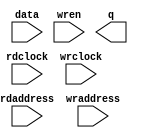
// megafunction wizard: %RAM: 2-PORT%VBB%
// GENERATION: STANDARD
// VERSION: WM1.0
// MODULE: altsyncram 

// ============================================================
// Megafunction Name(s):
// 			altsyncram
//
// Simulation Library Files(s):
// 			altera_mf
// ============================================================
// ************************************************************
// THIS IS A WIZARD-GENERATED FILE. DO NOT EDIT THIS FILE!
//
// 15.0.0 Build 145 04/22/2015 SJ Web Edition
// ************************************************************

//Copyright (C) 1991-2015 Altera Corporation. All rights reserved.
//Your use of Altera Corporation's design tools, logic functions 
//and other software and tools, and its AMPP partner logic 
//functions, and any output files from any of the foregoing 
//(including device programming or simulation files), and any 
//associated documentation or information are expressly subject 
//to the terms and conditions of the Altera Program License 
//Subscription Agreement, the Altera Quartus II License Agreement,
//the Altera MegaCore Function License Agreement, or other 
//applicable license agreement, including, without limitation, 
//that your use is for the sole purpose of programming logic 
//devices manufactured by Altera and sold by Altera or its 
//authorized distributors.  Please refer to the applicable 
//agreement for further details.

module frame_buffer2 (
	data,
	rdaddress,
	rdclock,
	wraddress,
	wrclock,
	wren,
	q);

	input	[143:0]  data;
	input	[12:0]  rdaddress;
	input	  rdclock;
	input	[12:0]  wraddress;
	input	  wrclock;
	input	  wren;
	output	[143:0]  q;
`ifndef ALTERA_RESERVED_QIS
// synopsys translate_off
`endif
	tri1	  wrclock;
	tri0	  wren;
`ifndef ALTERA_RESERVED_QIS
// synopsys translate_on
`endif

endmodule

// ============================================================
// CNX file retrieval info
// ============================================================
// Retrieval info: PRIVATE: ADDRESSSTALL_A NUMERIC "0"
// Retrieval info: PRIVATE: ADDRESSSTALL_B NUMERIC "0"
// Retrieval info: PRIVATE: BYTEENA_ACLR_A NUMERIC "0"
// Retrieval info: PRIVATE: BYTEENA_ACLR_B NUMERIC "0"
// Retrieval info: PRIVATE: BYTE_ENABLE_A NUMERIC "0"
// Retrieval info: PRIVATE: BYTE_ENABLE_B NUMERIC "0"
// Retrieval info: PRIVATE: BYTE_SIZE NUMERIC "8"
// Retrieval info: PRIVATE: BlankMemory NUMERIC "1"
// Retrieval info: PRIVATE: CLOCK_ENABLE_INPUT_A NUMERIC "0"
// Retrieval info: PRIVATE: CLOCK_ENABLE_INPUT_B NUMERIC "0"
// Retrieval info: PRIVATE: CLOCK_ENABLE_OUTPUT_A NUMERIC "0"
// Retrieval info: PRIVATE: CLOCK_ENABLE_OUTPUT_B NUMERIC "0"
// Retrieval info: PRIVATE: CLRdata NUMERIC "0"
// Retrieval info: PRIVATE: CLRq NUMERIC "0"
// Retrieval info: PRIVATE: CLRrdaddress NUMERIC "0"
// Retrieval info: PRIVATE: CLRrren NUMERIC "0"
// Retrieval info: PRIVATE: CLRwraddress NUMERIC "0"
// Retrieval info: PRIVATE: CLRwren NUMERIC "0"
// Retrieval info: PRIVATE: Clock NUMERIC "1"
// Retrieval info: PRIVATE: Clock_A NUMERIC "0"
// Retrieval info: PRIVATE: Clock_B NUMERIC "0"
// Retrieval info: PRIVATE: IMPLEMENT_IN_LES NUMERIC "0"
// Retrieval info: PRIVATE: INDATA_ACLR_B NUMERIC "0"
// Retrieval info: PRIVATE: INDATA_REG_B NUMERIC "0"
// Retrieval info: PRIVATE: INIT_FILE_LAYOUT STRING "PORT_B"
// Retrieval info: PRIVATE: INIT_TO_SIM_X NUMERIC "0"
// Retrieval info: PRIVATE: INTENDED_DEVICE_FAMILY STRING "Cyclone V"
// Retrieval info: PRIVATE: JTAG_ENABLED NUMERIC "0"
// Retrieval info: PRIVATE: JTAG_ID STRING "NONE"
// Retrieval info: PRIVATE: MAXIMUM_DEPTH NUMERIC "0"
// Retrieval info: PRIVATE: MEMSIZE NUMERIC "1179648"
// Retrieval info: PRIVATE: MEM_IN_BITS NUMERIC "0"
// Retrieval info: PRIVATE: MIFfilename STRING ""
// Retrieval info: PRIVATE: OPERATION_MODE NUMERIC "2"
// Retrieval info: PRIVATE: OUTDATA_ACLR_B NUMERIC "0"
// Retrieval info: PRIVATE: OUTDATA_REG_B NUMERIC "1"
// Retrieval info: PRIVATE: RAM_BLOCK_TYPE NUMERIC "0"
// Retrieval info: PRIVATE: READ_DURING_WRITE_MODE_MIXED_PORTS NUMERIC "2"
// Retrieval info: PRIVATE: READ_DURING_WRITE_MODE_PORT_A NUMERIC "3"
// Retrieval info: PRIVATE: READ_DURING_WRITE_MODE_PORT_B NUMERIC "3"
// Retrieval info: PRIVATE: REGdata NUMERIC "1"
// Retrieval info: PRIVATE: REGq NUMERIC "1"
// Retrieval info: PRIVATE: REGrdaddress NUMERIC "1"
// Retrieval info: PRIVATE: REGrren NUMERIC "1"
// Retrieval info: PRIVATE: REGwraddress NUMERIC "1"
// Retrieval info: PRIVATE: REGwren NUMERIC "1"
// Retrieval info: PRIVATE: SYNTH_WRAPPER_GEN_POSTFIX STRING "0"
// Retrieval info: PRIVATE: USE_DIFF_CLKEN NUMERIC "0"
// Retrieval info: PRIVATE: UseDPRAM NUMERIC "1"
// Retrieval info: PRIVATE: VarWidth NUMERIC "0"
// Retrieval info: PRIVATE: WIDTH_READ_A NUMERIC "144"
// Retrieval info: PRIVATE: WIDTH_READ_B NUMERIC "144"
// Retrieval info: PRIVATE: WIDTH_WRITE_A NUMERIC "144"
// Retrieval info: PRIVATE: WIDTH_WRITE_B NUMERIC "144"
// Retrieval info: PRIVATE: WRADDR_ACLR_B NUMERIC "0"
// Retrieval info: PRIVATE: WRADDR_REG_B NUMERIC "0"
// Retrieval info: PRIVATE: WRCTRL_ACLR_B NUMERIC "0"
// Retrieval info: PRIVATE: enable NUMERIC "0"
// Retrieval info: PRIVATE: rden NUMERIC "0"
// Retrieval info: LIBRARY: altera_mf altera_mf.altera_mf_components.all
// Retrieval info: CONSTANT: ADDRESS_ACLR_B STRING "NONE"
// Retrieval info: CONSTANT: ADDRESS_REG_B STRING "CLOCK1"
// Retrieval info: CONSTANT: CLOCK_ENABLE_INPUT_A STRING "BYPASS"
// Retrieval info: CONSTANT: CLOCK_ENABLE_INPUT_B STRING "BYPASS"
// Retrieval info: CONSTANT: CLOCK_ENABLE_OUTPUT_B STRING "BYPASS"
// Retrieval info: CONSTANT: INTENDED_DEVICE_FAMILY STRING "Cyclone V"
// Retrieval info: CONSTANT: LPM_TYPE STRING "altsyncram"
// Retrieval info: CONSTANT: NUMWORDS_A NUMERIC "8192"
// Retrieval info: CONSTANT: NUMWORDS_B NUMERIC "8192"
// Retrieval info: CONSTANT: OPERATION_MODE STRING "DUAL_PORT"
// Retrieval info: CONSTANT: OUTDATA_ACLR_B STRING "NONE"
// Retrieval info: CONSTANT: OUTDATA_REG_B STRING "CLOCK1"
// Retrieval info: CONSTANT: POWER_UP_UNINITIALIZED STRING "FALSE"
// Retrieval info: CONSTANT: WIDTHAD_A NUMERIC "13"
// Retrieval info: CONSTANT: WIDTHAD_B NUMERIC "13"
// Retrieval info: CONSTANT: WIDTH_A NUMERIC "144"
// Retrieval info: CONSTANT: WIDTH_B NUMERIC "144"
// Retrieval info: CONSTANT: WIDTH_BYTEENA_A NUMERIC "1"
// Retrieval info: USED_PORT: data 0 0 144 0 INPUT NODEFVAL "data[143..0]"
// Retrieval info: USED_PORT: q 0 0 144 0 OUTPUT NODEFVAL "q[143..0]"
// Retrieval info: USED_PORT: rdaddress 0 0 13 0 INPUT NODEFVAL "rdaddress[12..0]"
// Retrieval info: USED_PORT: rdclock 0 0 0 0 INPUT NODEFVAL "rdclock"
// Retrieval info: USED_PORT: wraddress 0 0 13 0 INPUT NODEFVAL "wraddress[12..0]"
// Retrieval info: USED_PORT: wrclock 0 0 0 0 INPUT VCC "wrclock"
// Retrieval info: USED_PORT: wren 0 0 0 0 INPUT GND "wren"
// Retrieval info: CONNECT: @address_a 0 0 13 0 wraddress 0 0 13 0
// Retrieval info: CONNECT: @address_b 0 0 13 0 rdaddress 0 0 13 0
// Retrieval info: CONNECT: @clock0 0 0 0 0 wrclock 0 0 0 0
// Retrieval info: CONNECT: @clock1 0 0 0 0 rdclock 0 0 0 0
// Retrieval info: CONNECT: @data_a 0 0 144 0 data 0 0 144 0
// Retrieval info: CONNECT: @wren_a 0 0 0 0 wren 0 0 0 0
// Retrieval info: CONNECT: q 0 0 144 0 @q_b 0 0 144 0
// Retrieval info: GEN_FILE: TYPE_NORMAL frame_buffer2.v TRUE
// Retrieval info: GEN_FILE: TYPE_NORMAL frame_buffer2.inc FALSE
// Retrieval info: GEN_FILE: TYPE_NORMAL frame_buffer2.cmp FALSE
// Retrieval info: GEN_FILE: TYPE_NORMAL frame_buffer2.bsf FALSE
// Retrieval info: GEN_FILE: TYPE_NORMAL frame_buffer2_inst.v FALSE
// Retrieval info: GEN_FILE: TYPE_NORMAL frame_buffer2_bb.v TRUE
// Retrieval info: LIB_FILE: altera_mf